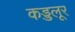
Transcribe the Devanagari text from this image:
कड्डलूर